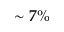
\sim 7 \%